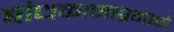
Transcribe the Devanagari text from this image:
बांधकामाप्रमाणे